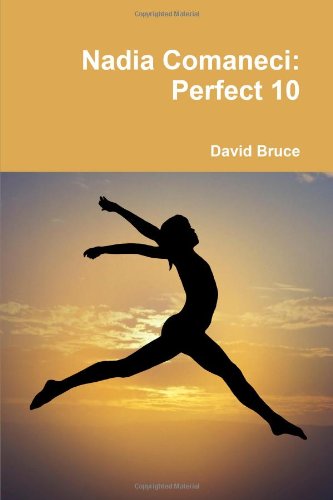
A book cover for Nadia Comaneci: Perfect 10; David Bruce; Biographies & Memoirs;